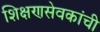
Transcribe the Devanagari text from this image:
शिक्षणसेवकांची